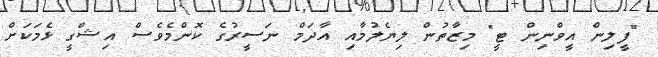
"ފީލިން އީވްނިން ޓީ" މިޒާތުން ލިޔެލުމާއި އާދަމް ނަސީރުގެ ކޮންމެވެސް އިޝްގީ ޅެމަކަށް